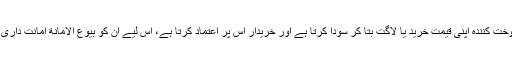
آخری تین قسمو ں میں چونکہ فروخت کنندہ اپنی قیمت ِخرید یا لاگت بتا کر سودا کرتا ہے اور خریدار اس پر اعتماد کرتا ہے، اس لیے ان کو بُیُوْعُ الْاَمانَةِ امانت داری پر مبنی بیوع کا نام دیا جاتا ہے۔